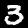
Digit: 3